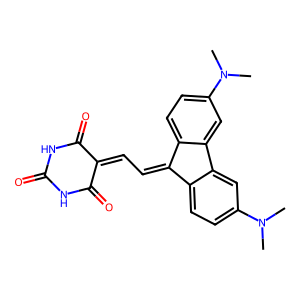
SMILES: CN(C)c1ccc2c(c1)-c1cc(N(C)C)ccc1C2=CC=C1C(=O)NC(=O)NC1=O
Inhibits HIV replication: No